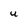
Character: U